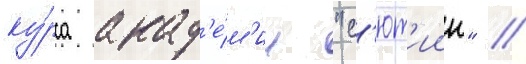
ку́рса акад'е́м'ии "с'ют'иин" /